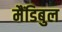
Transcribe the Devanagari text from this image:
मैंडिबुल